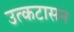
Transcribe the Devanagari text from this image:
उत्कटासन